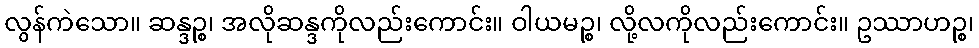
လွန်ကဲသော။ ဆန္ဒဉ္စ၊ အလိုဆန္ဒကိုလည်းကောင်း။ ဝါယမဉ္စ၊ လို့လကိုလည်းကောင်း။ ဥဿာဟဉ္စ၊